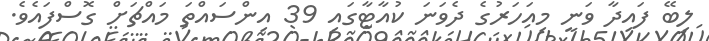
ލިބޭ ފައިދާ ވަނީ މިއަހަރުގެ ދެވަނަ ކުއާޓާގައި 39 އިންސައްތަ މައްޗަށް ގޮސްފައެވެ.